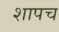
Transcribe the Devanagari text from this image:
शापच